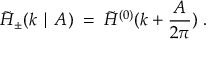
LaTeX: { \tilde { \cal H } } _ { \pm } ( k \mid A ) \; = \; { \tilde { \cal H } } ^ { ( 0 ) } ( k + \frac { A } { 2 \pi } ) \; .